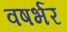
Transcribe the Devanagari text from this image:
वषर्भर